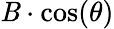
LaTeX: \displaystyle\mathit{B}\cdot\cos(\theta)